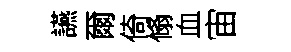
讌爾倚翛血宙